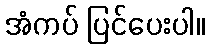
အံကပ် ပြင်ပေးပါ။